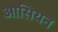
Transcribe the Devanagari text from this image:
आसियन